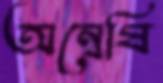
অন্বেষি